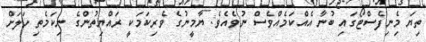
ތިޔަ މިެނިފެސްޓޯގައި ބުނާ އެއްކަމެއްވެސް ނުވެއެވެ. ޔާމީނުގެ ވެރިކަމަކީ ރައްޔިތުންގެ ނިކަމެތި ހަލަށް